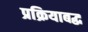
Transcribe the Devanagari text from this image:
प्रक्रियाबद्ध